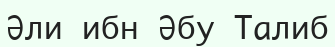
Әли ибн Әбу Талиб